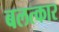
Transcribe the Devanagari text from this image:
बलत्कार